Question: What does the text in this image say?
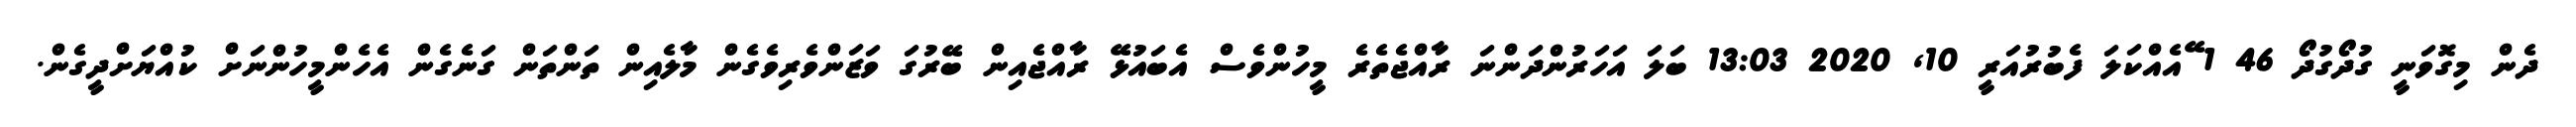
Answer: ދެން މިގޮވަނީ ގުދޯގުދޯ 46 1 ޭއެއްކަލަ ފެބުރުއަރީ 10, 2020 13:03 ބަލަ އަހަރުންދަންނަ ރާއްޖެތެރެ މީހުންވެސް އެބައުޅޭ ރާއްޖެއިން ބޭރުގަ ވަޒަންވެރިވެގެން މާލެއިން ތަންތަން ގަނެގެން އެހެންމީހުންނަށް ކުއްޔަށްދީގެން.